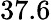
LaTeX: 37.6